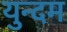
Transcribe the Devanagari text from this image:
युन्दम